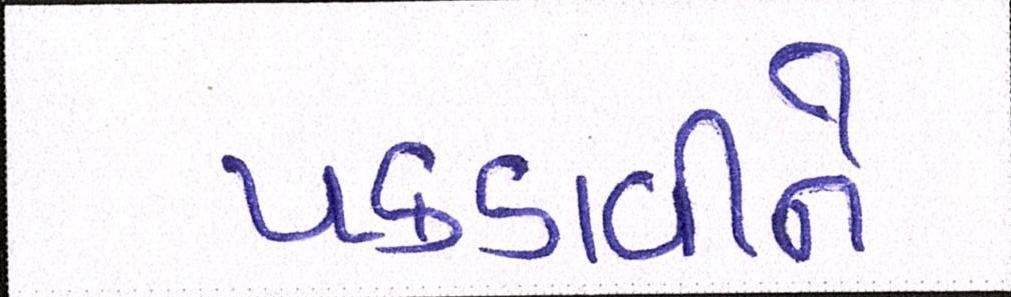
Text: પકડાવીને